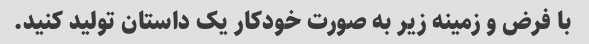
با فرض و زمینه زیر به صورت خودکار یک داستان تولید کنید.